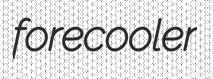
forecooler